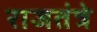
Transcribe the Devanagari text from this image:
राजतंत्रे